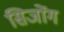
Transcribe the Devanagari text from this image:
सिजोंग